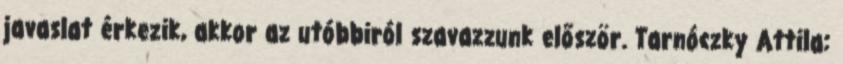
javaslat érkezik, akkor az utóbbiról szavazzunk először. Tarnóczky Attila: